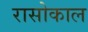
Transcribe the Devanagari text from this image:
रासोकाल